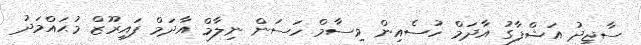
ސާޖިދު އަޝްފާގު އާދަމް ހުސެއިން ވިސާމް ހަސަން ނިލާމް އާދަމް ފައިރޫޒް މުޙައްމަދު